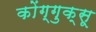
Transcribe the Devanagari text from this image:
कोंग्गुक्सू